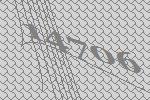
14706